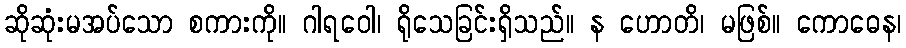
ဆိုဆုံးမအပ်သော စကားကို။ ဂါရဝေါ၊ ရိုသေခြင်းရှိသည်။ န ဟောတိ၊ မဖြစ်။ ကောဓေန၊